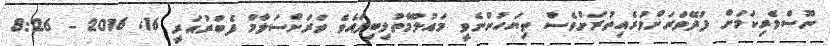
ނޫސްވެރިކަމަށް ފުދޭވަރަށްވުރެއިތުރަށްވެސް ތިޔަހުންނެވީ މައުލޫމާތުލިބިފައެވެ ވަރަށްސަލާމް ފެބްރުއަރީ 16